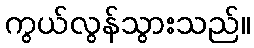
ကွယ်လွန်သွားသည်။